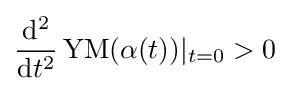
{\frac {\mathrm {d} ^{2}}{\mathrm {d} t^{2}}}\operatorname {YM} (\alpha (t))\vert _{t=0}>0